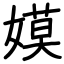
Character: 嫫